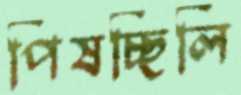
পিষচ্ছিলি